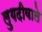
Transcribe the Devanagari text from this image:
लुगदीवाले